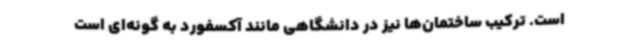
است. ترکیب ساختمان‌ها نیز در دانشگاهی مانند آکسفورد به گونه‌ای است